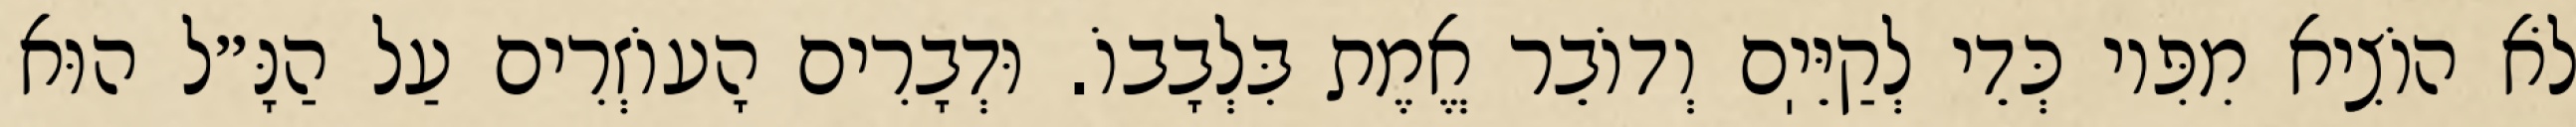
לֹא הוֹצִיא מִפִּיו כְּדֵי לְקַיֵּיֽם וְדוֹבֵר אֱמֶת בִּלְבָבוֹ. וּדְבָרִים הָעוֹזְרִים עַל הַנָּ״ל הוּא